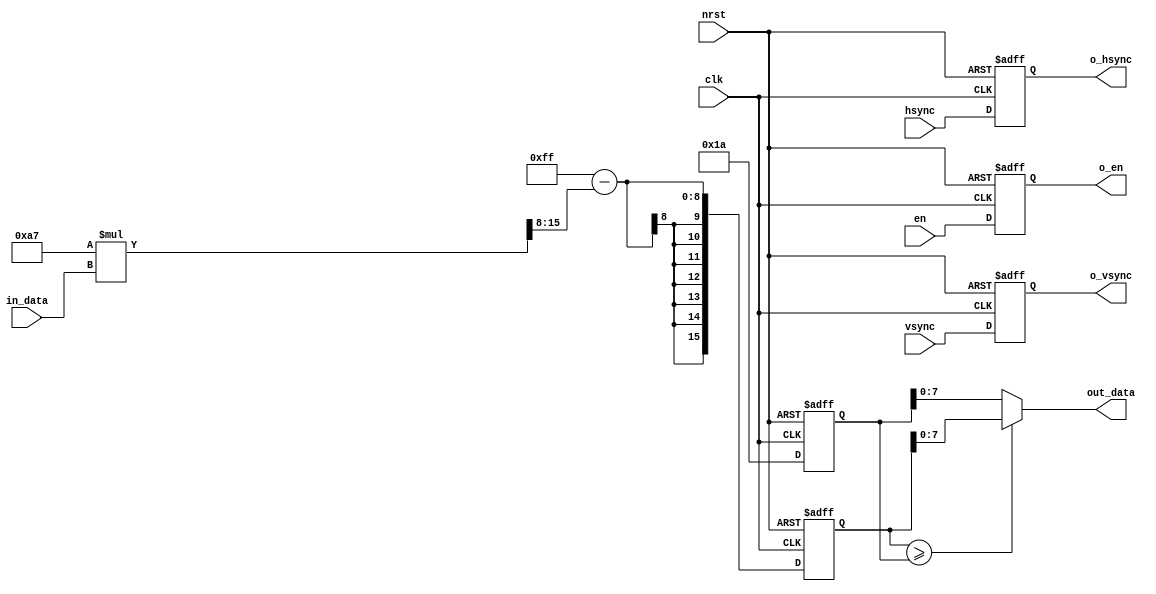
module image_absorbance(
	input	clk,
	input	nrst,
	input	hsync,
	input	vsync,
	input	en,
	input	[7:0]	in_data,
	output	o_hsync,
	output	o_vsync,
	output	o_en,
	output	[7:0]	out_data
);
localparam [15:0]	defog_factor = 16'd167;   //magnify 0.85 at 255 times 
localparam [15:0]	global_average_factor = 16'd26;
reg	[15:0]	t1,t2;
always@(posedge clk or negedge nrst)begin
	if(!nrst)begin
		t1	<=	16'd0;
		t2	<=	16'd0;
	end
	else begin
		t1	<=	16'd255 - ((defog_factor * in_data )>> 8);
		t2	<=	global_average_factor; 
	end
end
assign out_data	=	(t1 >= t2)	?	t1[7:0]:t2[7:0] ;

reg hsync_r,vsync_r,en_r;
always@(posedge clk or negedge nrst)begin
	if(!nrst)begin
		hsync_r	<=	1'b0;
		vsync_r	<=	1'b0;
		en_r	<=	1'b0;
	end
	else begin
		hsync_r	<=	hsync;
		vsync_r	<=	vsync;
		en_r	<=	en;
	end
end

assign o_hsync	=	hsync_r;
assign o_vsync	=	vsync_r;
assign o_en		=	en_r;

endmodule